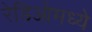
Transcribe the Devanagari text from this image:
रेडिओमध्ये